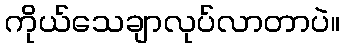
ကိုယ်သေချာလုပ်လာတာပဲ။